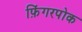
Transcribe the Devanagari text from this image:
फ़िंगरपोक